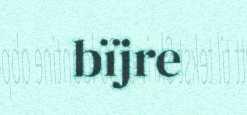
bïjre